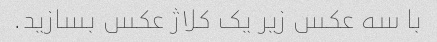
با سه عکس زیر یک کلاژ عکس بسازید.